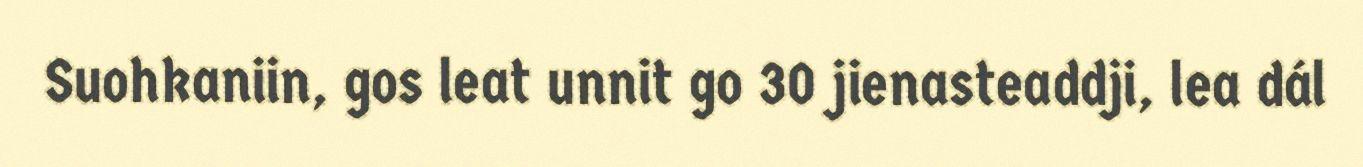
Suohkaniin, gos leat unnit go 30 jienasteaddji, lea dál